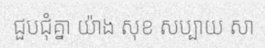
ជួបជុំគ្នា យ៉ាង សុខ សប្បាយ សា